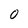
Character: 0